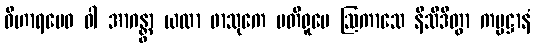
ဝိဟာရမေဝ ဝါ အာဂန္တွာ ယထာ ဖာသုကေ ပတိရူပေ ဩကာသေ နိသီဒိတွာ ကမ္မဋ္ဌာနံ